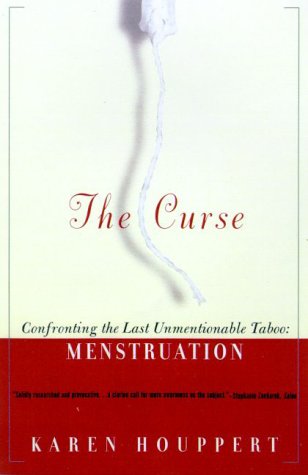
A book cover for The Curse: Confronting the Last Unmentionable Taboo: Menstruation; Karen Houppert; Health, Fitness & Dieting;